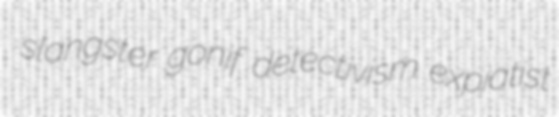
slangster gonif detectivism expiatist